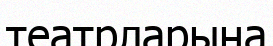
театрларына